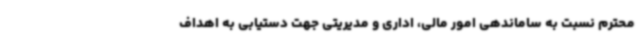
محترم نسبت به ساماندهی امور مالی، اداری و مدیریتی جهت دستیابی به اهداف